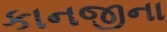
કાનજીના